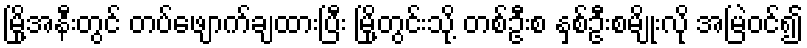
မြို့အနီးတွင် တပ်ဖျောက်ချထားပြီး မြို့တွင်းသို့ တစ်ဦးစ နှစ်ဦးစမျိုးလို အမြဲဝင်၍